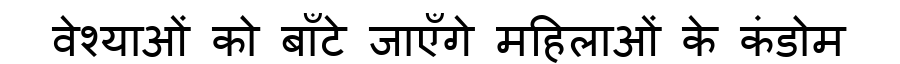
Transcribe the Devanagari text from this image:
वेश्याओं को बाँटे जाएँगे महिलाओं के कंडोम